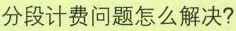
分段计费问题怎么解决？